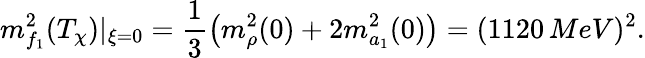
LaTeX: m_{f_{1}}^{2}(T_{\chi})|_{\xi=0}=\frac{1}{3}\left(m_{\rho}^{2}(0)+2m_{a_{1}}^{2}(0)\right)=(1120\, MeV)^{2}.